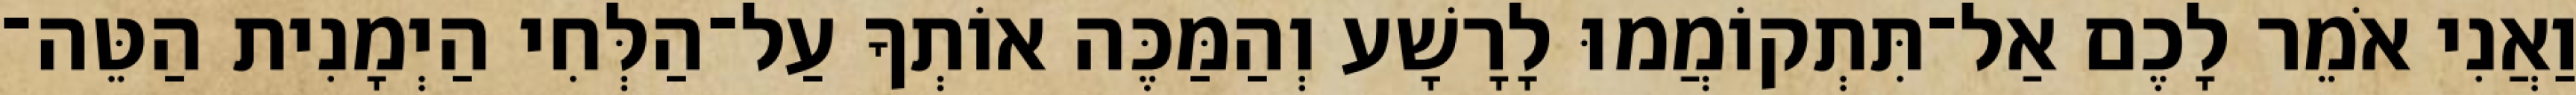
וַאֲנִי אֹמֵר לָכֶם אַל־תִּתְקוֹמֲמוּ לָרָשָׁע וְהַמַּכֶּה אוֹתְךָ עַל־הַלְּחִי הַיְמָנִית הַטֵּה־